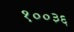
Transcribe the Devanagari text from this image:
१००३६